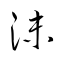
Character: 沫